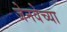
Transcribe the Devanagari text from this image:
जेनवेच्या